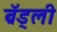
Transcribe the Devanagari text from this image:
ब्रॅड्ली